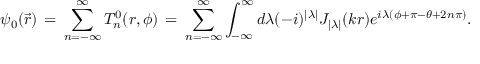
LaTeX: \psi _ { 0 } ( \vec { r } ) \, = \, \sum _ { n = - \infty } ^ { \infty } T _ { n } ^ { 0 } ( r , \phi ) \, = \, \sum _ { n = - \infty } ^ { \infty } \int _ { - \infty } ^ { \infty } d \lambda ( - i ) ^ { | \lambda | } J _ { | \lambda | } ( k r ) e ^ { i \lambda ( \phi + \pi - \theta + 2 n \pi ) } .